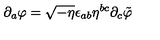
\partial _ { a } \varphi = \sqrt { - \eta } \epsilon _ { a b } \eta ^ { b c } \partial _ { c } \tilde { \varphi }